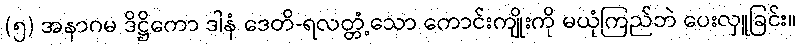
(၅) အနာဂမ ဒိဋ္ဌိကော ဒါနံ ဒေတိ-ရလတ္တံ့သော ကောင်းကျိုးကို မယုံကြည်ဘဲ ပေးလှူခြင်း။